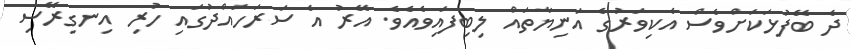
ދެ ބޭފުޅަކަށްވެސް އެކިވަރުގެ އަނިޔާތައް ލިބިފައިވެއެވެ. އޭރު އެ ސަރަހައްދުގައި ހުރި އިނގިރޭސި